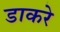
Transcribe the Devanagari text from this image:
डाकरे